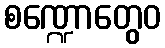
စဏ္ဍောတွေဝ